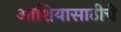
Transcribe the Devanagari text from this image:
आशियासाठीचे